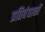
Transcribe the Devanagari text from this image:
प्रतिबंधाकों